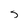
Character: S